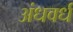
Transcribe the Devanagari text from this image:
अंधवर्ध